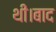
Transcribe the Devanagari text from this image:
थी।बाद